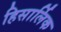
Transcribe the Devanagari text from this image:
हिसार्लिक